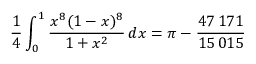
{ \frac { 1 } { 4 } } \int _ { 0 } ^ { 1 } { \frac { x ^ { 8 } ( 1 - x ) ^ { 8 } } { 1 + x ^ { 2 } } } \, d x = \pi - { \frac { 4 7 \, 1 7 1 } { 1 5 \, 0 1 5 } }